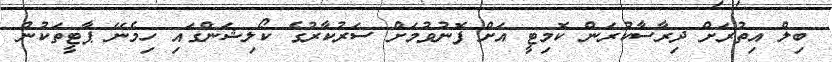
ބިލް އިތުރަށް ދިރާސާކުރަން ކޮމިޓީ އަށް ފޮނުވުމަށް ސަރުކާރުގެ ކޯލިޝަންގައި ހިމެނޭ ޕާޓީތަކުން